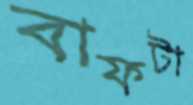
বাফটা